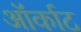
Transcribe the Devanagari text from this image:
ऑर्काट